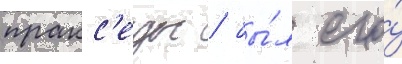
пракс'еды / бы́л его́